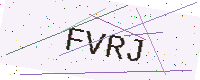
Text: FVRJ